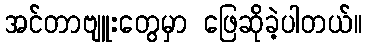
အင်တာဗျူးတွေမှာ ဖြေဆိုခဲ့ပါတယ်။